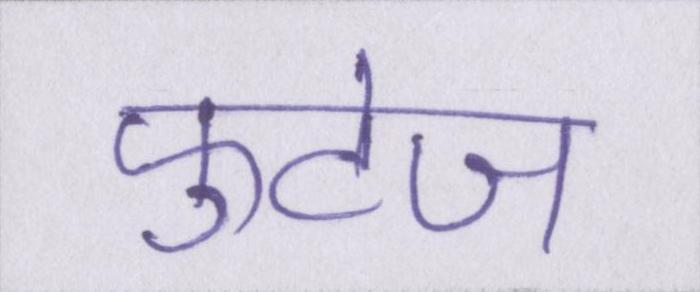
फुटेज